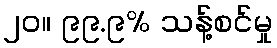
၂၀။ ၉၉.၉% သန့်စင်မှု